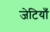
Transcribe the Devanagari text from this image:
जेटियाँ